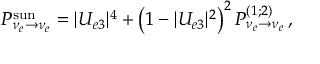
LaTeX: P _ { \nu _ { e } \to \nu _ { e } } ^ { \mathrm { s u n } } = | U _ { e 3 } | ^ { 4 } + \left( 1 - | U _ { e 3 } | ^ { 2 } \right) ^ { 2 } P _ { \nu _ { e } \to \nu _ { e } } ^ { ( 1 ; 2 ) } \, ,